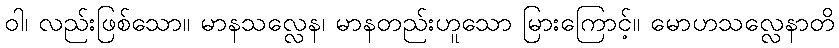
ဝါ၊ လည်းဖြစ်သော။ မာနသလ္လေန၊ မာနတည်းဟူသော မြားကြောင့်။ မောဟသလ္လေနာတိ